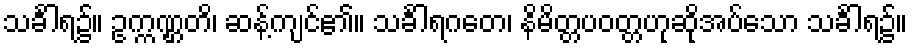
သင်္ခါရ၌။ ဥက္ကဏ္ဌတိ၊ ဆန့်ကျင်၏။ သင်္ခါရဂတေ၊ နိမိတ္တပဝတ္တဟုဆိုအပ်သော သင်္ခါရ၌။